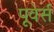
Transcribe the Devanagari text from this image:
पूवेर्स